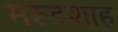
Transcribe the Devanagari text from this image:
मरूदशाह